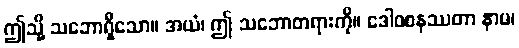
ဤသို့ သဘောရှိသော။ အယံ၊ ဤ သဘောတရားကို။ ဒေါဝစနဿတာ နာမ၊